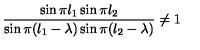
\frac { \sin \pi l _ { 1 } \sin \pi l _ { 2 } } { \sin \pi ( l _ { 1 } - \lambda ) \sin \pi ( l _ { 2 } - \lambda ) } \not = 1